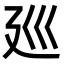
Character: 廵